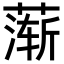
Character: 𬞋